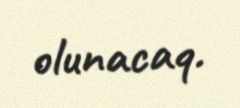
olunacaq.